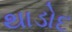
થાડોદ